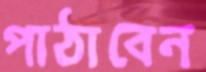
পাঠাবেন